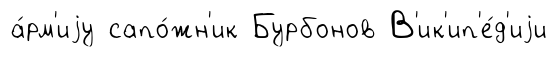
а́рм'иjу сапо́жн'ик Бурбонов В'ик'ип'е́д'иjи